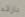
بازلاء